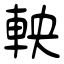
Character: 軮